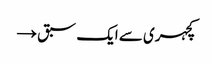
کچہری سے ایک سبق →